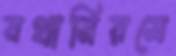
যথানিয়মে